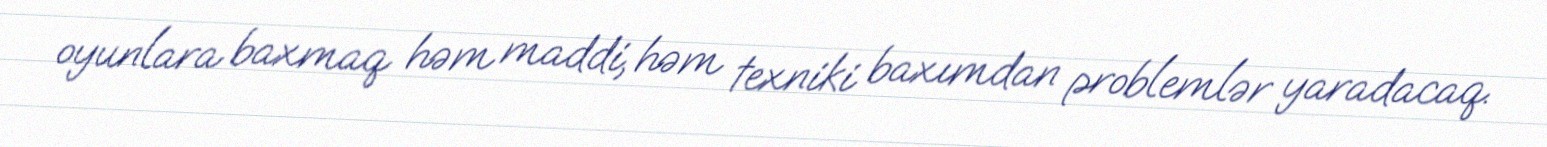
oyunlara baxmaq həm maddi, həm texniki baxımdan problemlər yaradacaq.